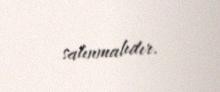
salınmalıdır.